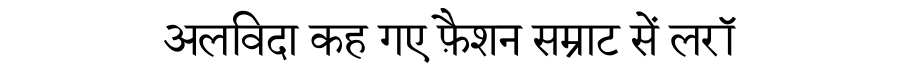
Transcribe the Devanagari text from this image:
अलविदा कह गए फ़ैशन सम्राट सें लरॉ